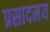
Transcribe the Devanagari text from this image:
प्रसादमय